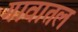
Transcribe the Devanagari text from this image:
गावातल